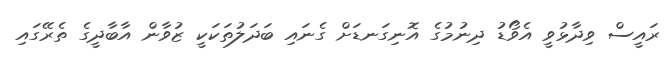
ރައީސް ވިދާޅުވީ އެވޯޑު ދިނުމުގެ އޮނިގަނޑަށް ގެނައި ބަދަލުތަކަކީ ޒުވާން އާބާދީގެ ތެރޭގައި